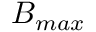
B _ { m a x }